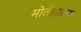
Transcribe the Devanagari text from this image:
मोर्तझाला